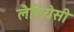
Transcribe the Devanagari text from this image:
लैमियेसी